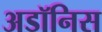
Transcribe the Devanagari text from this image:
अडॉनिस